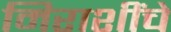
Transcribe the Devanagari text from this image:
मिराशींचे